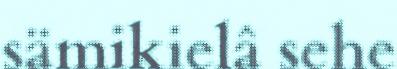
sämikielâ sehe